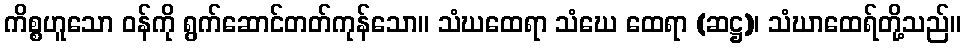
ကိစ္စဟူသော ဝန်ကို ရွက်ဆောင်တတ်ကုန်သော။ သံဃထေရာ သံဃေ ထေရာ (ဆဋ္ဌ)၊ သံဃာထေရ်တို့သည်။